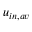
u _ { i n , a v }